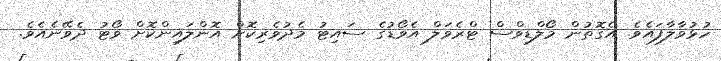
ހުޅުވާލާފައެވެ. އެގޮތުުން މޯލްޑިވްސް ޓްރެވަލް އެވޯޑުގެ ސައިޓު މެދުވެރިކޮށް އޮންލައިންކޮށް ވޯޓު ދެވޭނެއެވެ.